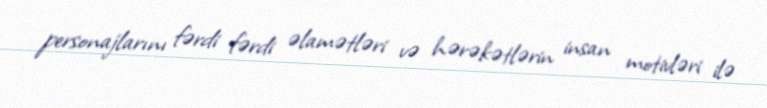
personajlarını fərdi fərdi əlamətləri və hərəkətlərin insan motivləri ilə